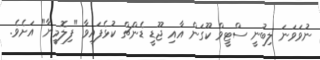
ނުވަވަނަ ލިބުނީ ސްޓީވް ކޫގަން އާއި ޖޫޑީ ޑެންޗް ކުޅެފައިވާ "ފިލޮމީނާ" އަށެވެ.